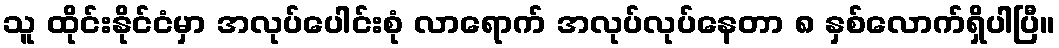
သူ ထိုင်းနိုင်ငံမှာ အလုပ်ပေါင်းစုံ လာရောက် အလုပ်လုပ်နေတာ ၈ နှစ်လောက်ရှိပါပြီ။